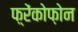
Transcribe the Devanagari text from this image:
फ़्रेंकोफ़ोन